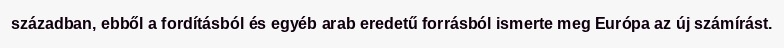
században, ebből a fordításból és egyéb arab eredetű forrásból ismerte meg Európa az új számírást.